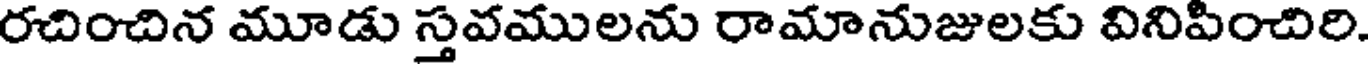
రచించిన మూడు స్తవములను రామానుజులకు వినిపించిరి